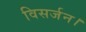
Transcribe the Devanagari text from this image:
विसर्जन।